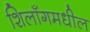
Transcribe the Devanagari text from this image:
शिलाँगमधील